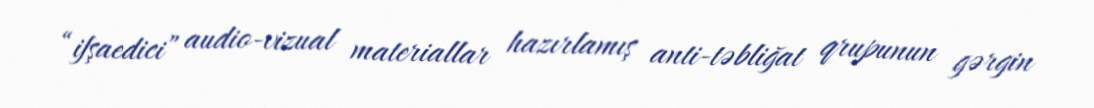
“ifşaedici” audio-vizual materiallar hazırlamış anti-təbliğat qrupunun gərgin